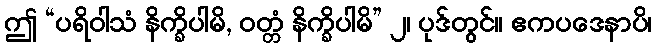
ဤ “ပရိဝါသံ နိက္ခိပါမိ, ဝတ္တံ နိက္ခိပါမိ” ၂၊ ပုဒ်တွင်။ ဧကပဒေနာပိ၊